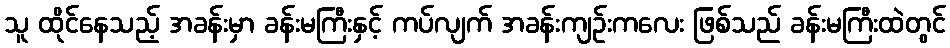
သူ ထိုင်နေသည့် အခန်းမှာ ခန်းမကြီးနှင့် ကပ်လျက် အခန်းကျဉ်းကလေး ဖြစ်သည် ခန်းမကြီးထဲတွင်